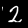
Label: 2